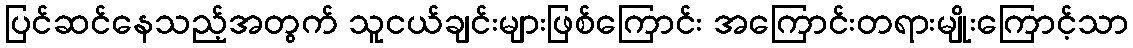
ပြင်ဆင်နေသည့်အတွက် သူငယ်ချင်းများဖြစ်ကြောင်း အကြောင်းတရားမျိုးကြောင့်သာ